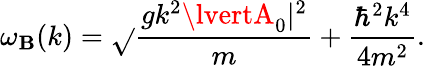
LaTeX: \omega_{\mathbf{B}}(k)=\sqrt{}{{\frac{{gk^{2}\lvertA_{0}\rvert^{2}}}{{m}}+\frac{{\hbar^{2}k^{4}}}{{4m^{2}}}}}.